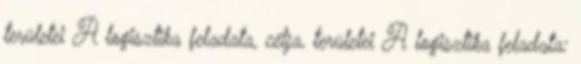
területei A logisztika feladata, célja, területei A logisztika feladata: